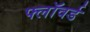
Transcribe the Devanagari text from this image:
फ्लॉवर्ड